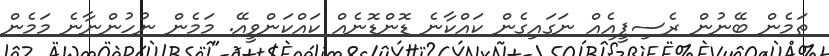
ތަމެން ބޭނުން ރެސިޕީއެއް ނަގައިގެން ކައްކާނެ ޑޮންޑޮނެއް ކައްކަންވީއޭ. މަމެން ނުހުންނާނެ މަމެން